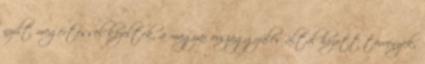
nyílt megértéssel kezeltek, a magyar országgyûlés által hozott törvények,